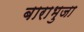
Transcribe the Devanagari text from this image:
बाराभुजा